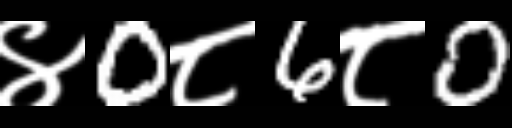
Text: ४0८6८0